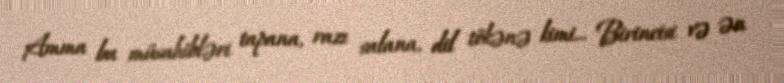
Amma bu müsahibləri tapana, razı salana, dil tökənə kimi... Birincisi və ən